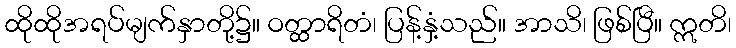
ထိုထိုအရပ်မျက်နှာတို့၌။ ဝတ္ထာရိတံ၊ ပြန့်နှံ့သည်။ အာသိ၊ ဖြစ်ပြီ။ ဣတိ၊